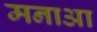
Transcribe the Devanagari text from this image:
मनाआ